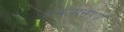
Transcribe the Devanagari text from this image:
अभयानण्‍य